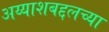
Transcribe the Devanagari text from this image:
अय्याशबद्दलच्या